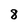
Character: 8